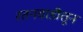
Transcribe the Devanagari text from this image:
रतनवाडीतून